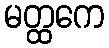
မတ္ထကေ